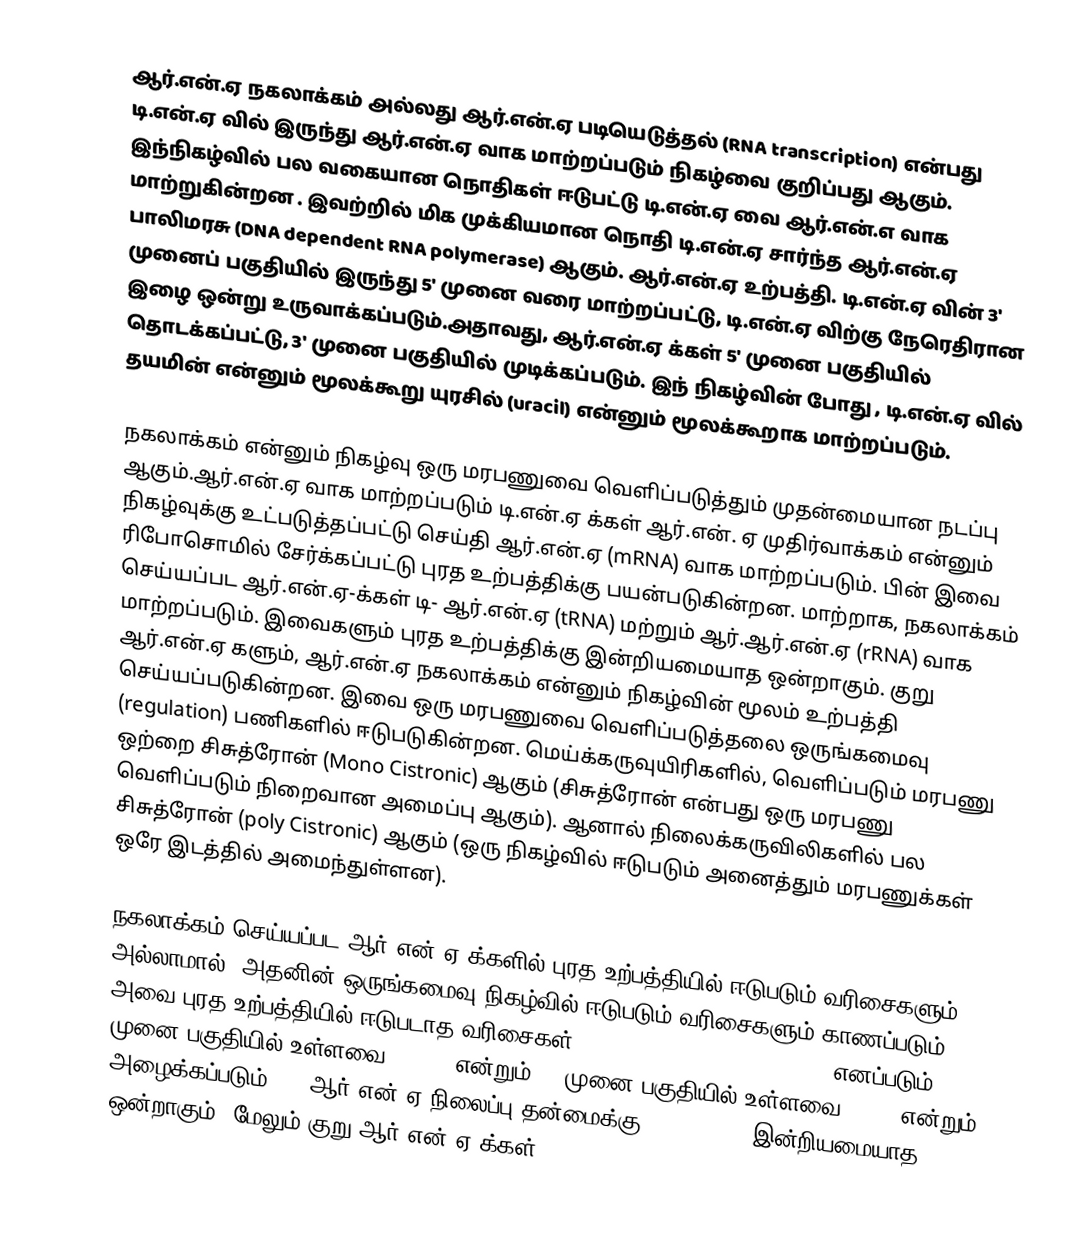
ஆர்.என்.ஏ நகலாக்கம் அல்லது ஆர்.என்.ஏ படியெடுத்தல் (RNA transcription)  என்பது டி.என்.ஏ வில் இருந்து ஆர்.என்.ஏ வாக மாற்றப்படும் நிகழ்வை குறிப்பது ஆகும். இந்நிகழ்வில் பல வகையான நொதிகள் ஈடுபட்டு டி.என்.ஏ வை ஆர்.என்.எ வாக மாற்றுகின்றன . இவற்றில் மிக முக்கியமான நொதி டி.என்.ஏ சார்ந்த ஆர்.என்.ஏ பாலிமரசு (DNA dependent RNA polymerase) ஆகும். ஆர்.என்.ஏ உற்பத்தி. டி.என்.ஏ வின் 3' முனைப் பகுதியில் இருந்து 5' முனை வரை மாற்றப்பட்டு, டி.என்.ஏ விற்கு நேரெதிரான இழை ஒன்று உருவாக்கப்படும்.அதாவது, ஆர்.என்.ஏ க்கள் 5' முனை பகுதியில் தொடக்கப்பட்டு, 3' முனை பகுதியில் முடிக்கப்படும். இந் நிகழ்வின் போது , டி.என்.ஏ வில் தயமின் என்னும் மூலக்கூறு யுரசில் (uracil) என்னும் மூலக்கூறாக மாற்றப்படும்.

நகலாக்கம் என்னும் நிகழ்வு ஒரு மரபணுவை வெளிப்படுத்தும் முதன்மையான நடப்பு ஆகும்.ஆர்.என்.ஏ வாக மாற்றப்படும் டி.என்.ஏ க்கள் ஆர்.என். ஏ முதிர்வாக்கம் என்னும் நிகழ்வுக்கு உட்படுத்தப்பட்டு செய்தி ஆர்.என்.ஏ (mRNA) வாக மாற்றப்படும். பின் இவை ரிபோசொமில் சேர்க்கப்பட்டு புரத உற்பத்திக்கு பயன்படுகின்றன. மாற்றாக, நகலாக்கம் செய்யப்பட ஆர்.என்.ஏ-க்கள் டி- ஆர்.என்.ஏ (tRNA) மற்றும் ஆர்.ஆர்.என்.ஏ (rRNA) வாக மாற்றப்படும். இவைகளும் புரத உற்பத்திக்கு இன்றியமையாத ஒன்றாகும். குறு ஆர்.என்.ஏ களும், ஆர்.என்.ஏ நகலாக்கம் என்னும் நிகழ்வின் மூலம் உற்பத்தி செய்யப்படுகின்றன. இவை ஒரு மரபணுவை வெளிப்படுத்தலை ஒருங்கமைவு (regulation) பணிகளில் ஈடுபடுகின்றன. மெய்க்கருவுயிரிகளில், வெளிப்படும் மரபணு ஒற்றை சிசுத்ரோன் (Mono Cistronic) ஆகும் (சிசுத்ரோன் என்பது ஒரு மரபணு வெளிப்படும் நிறைவான அமைப்பு ஆகும்). ஆனால் நிலைக்கருவிலிகளில் பல சிசுத்ரோன் (poly Cistronic) ஆகும் (ஒரு நிகழ்வில் ஈடுபடும் அனைத்தும் மரபணுக்கள் ஒரே இடத்தில் அமைந்துள்ளன).

நகலாக்கம் செய்யப்பட ஆர்.என்.ஏ க்களில் புரத உற்பத்தியில் ஈடுபடும் வரிசைகளும் அல்லாமால், அதனின் ஒருங்கமைவு நிகழ்வில் ஈடுபடும் வரிசைகளும் காணப்படும். அவை புரத உற்பத்தியில் ஈடுபடாத வரிசைகள் (Untranslatable region, UTR) எனப்படும்.5' முனை பகுதியில் உள்ளவை 5' UTR என்றும், 3'முனை பகுதியில் உள்ளவை 3'UTR என்றும் அழைக்கப்படும். 3' ஆர்.என்.ஏ நிலைப்பு தன்மைக்கு (stability) இன்றியமையாத ஒன்றாகும். மேலும் குறு ஆர்.என்.ஏ  க்கள்,